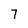
Character: 7